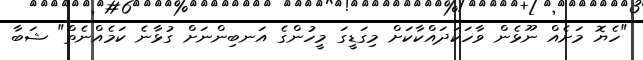
"ހެޔޮ މަށެއް ނޫޅެން ވާހަކަދައްކާކަށް މިގަޑީގަ މީހުންގެ އަނބިންނަށް ގުޅާނެ ކަމެއްނެތް" ޝަބާ